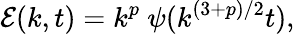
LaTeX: {\cal E}(k,t)=k^{p}~\psi(k^{(3+p)/2}t),